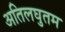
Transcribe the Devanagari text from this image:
अतिलघुतम